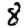
Digit: 8